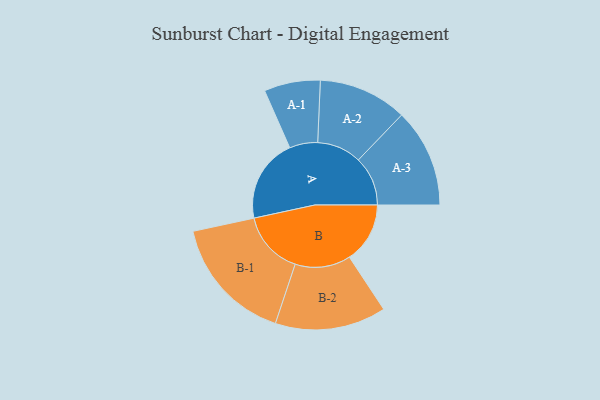
{"axis": {"x": "Segment", "y": "Value"}, "legend": ["", "A", "B"], "data": [{"x": "A", "y": 367, "type": ""}, {"x": "B", "y": 265, "type": ""}, {"x": "A-1", "y": 123, "type": "A"}, {"x": "A-2", "y": 194, "type": "A"}, {"x": "A-3", "y": 216, "type": "A"}, {"x": "B-1", "y": 278, "type": "B"}, {"x": "B-2", "y": 243, "type": "B"}]}